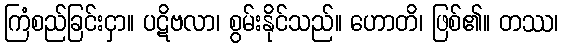
ကြံစည်ခြင်းငှာ။ ပဋိဗလာ၊ စွမ်းနိုင်သည်။ ဟောတိ၊ ဖြစ်၏။ တဿ၊